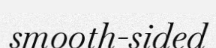
smooth-sided